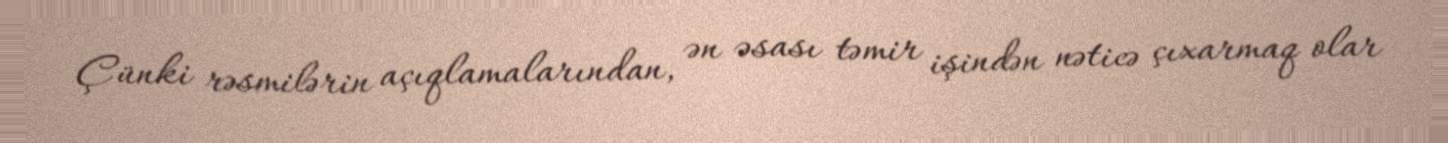
Çünki rəsmilərin açıqlamalarından, ən əsası təmir işindən nəticə çıxarmaq olar